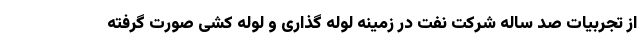
از تجربیات صد ساله شرکت نفت در زمینه لوله گذاری و لوله کشی صورت گرفته